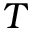
T